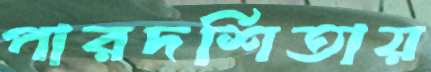
পারদর্শিতায়